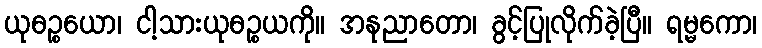
ယုဓဉ္စယော၊ ငါ့သားယုဓဉ္စယကို။ အနုညာတော၊ ခွင့်ပြုလိုက်ခဲ့ပြီ။ ရမ္မကော၊